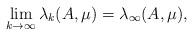
LaTeX: \begin{align*}\lim_{k\to \infty}\lambda_k(A,\mu)=\lambda_\infty (A,\mu),\end{align*}